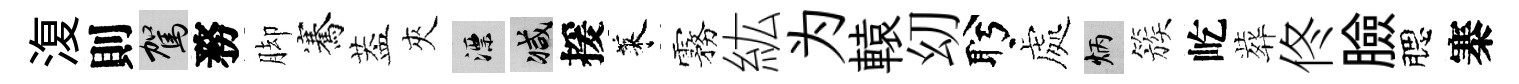
𣸪則駕務脚騫葢夾漂减援萊霧紘为轅㓜盻處炳簇屹葬佟臉腮寨